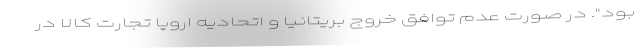
بود". در صورت عدم توافق خروج بریتانیا و اتحادیه اروپا تجارت کالا در